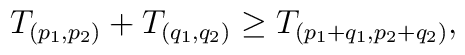
T_{(p_1, p_2)} + T_{(q_1, q_2)} \geq T_{(p_1+q_1, p_2+q_2)},